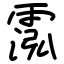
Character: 霐